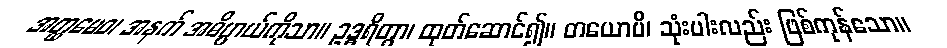
အတ္ထမေဝ၊ အနက် အဓိပ္ပာယ်ကိုသာ။ ဥဒ္ဓရိတွာ၊ ထုတ်ဆောင်၍။ တယောပိ၊ သုံးပါးလည်း ဖြစ်ကုန်သော။